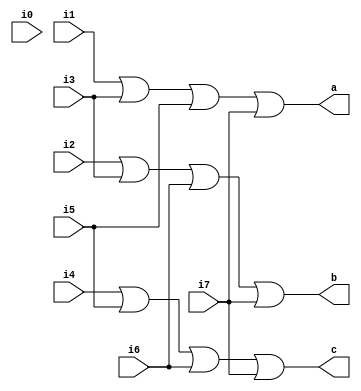
module encoder (i0,i1,i2,i3,i4,i5,i6,i7,a,b,c);
	input i0,i1,i2,i3,i4,i5,i6,i7;
	output a,b,c;
	assign a = i1|i3|i5|i7;
	assign b = i2|i3|i6|i7;
	assign c = i4|i5|i6|i7;
endmodule